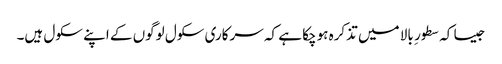
جیسا کہ سطور ِ بالا میں تذکرہ ہوچکا ہے کہ سرکاری سکول لوگوں کے اپنے سکول ہیں۔